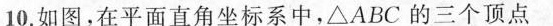
10.如图，在平面直角坐标系中，△ABC的三个顶点